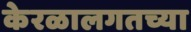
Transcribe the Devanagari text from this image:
केरळालगतच्या